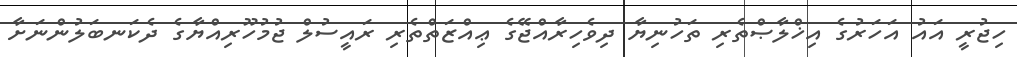
ހިޖުރީ އައު އަހަރުގެ އިޚްލާޞްތެރި ތަހުނިޔާ ދިވެހިރާއްޖޭގެ ޢިއްޒަތްތެރި ރައީސުލް ޖުމުހޫރިއްޔާގެ ދެކަނބަލުންނަށާ